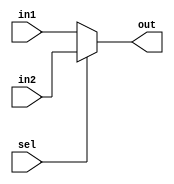
module mux#(parameter bus_width = 32) (
    input wire  sel,
    input wire [bus_width-1:0] in1,in2,
    output reg [bus_width-1:0] out
);
always @(*) begin
    if(sel==0) begin
        out = in1;
    end
    else begin
        out = in2;
    end
end

endmodule